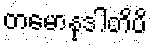
တမောနုဒါတိပိ